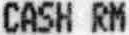
CASH RM